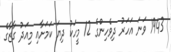
1943 ވަނަ އަހަރު ދިވެހިންގެ 12 މީހަކު ދިޔަ ކަމަށާއި މިއަދު ގާޒާގެ